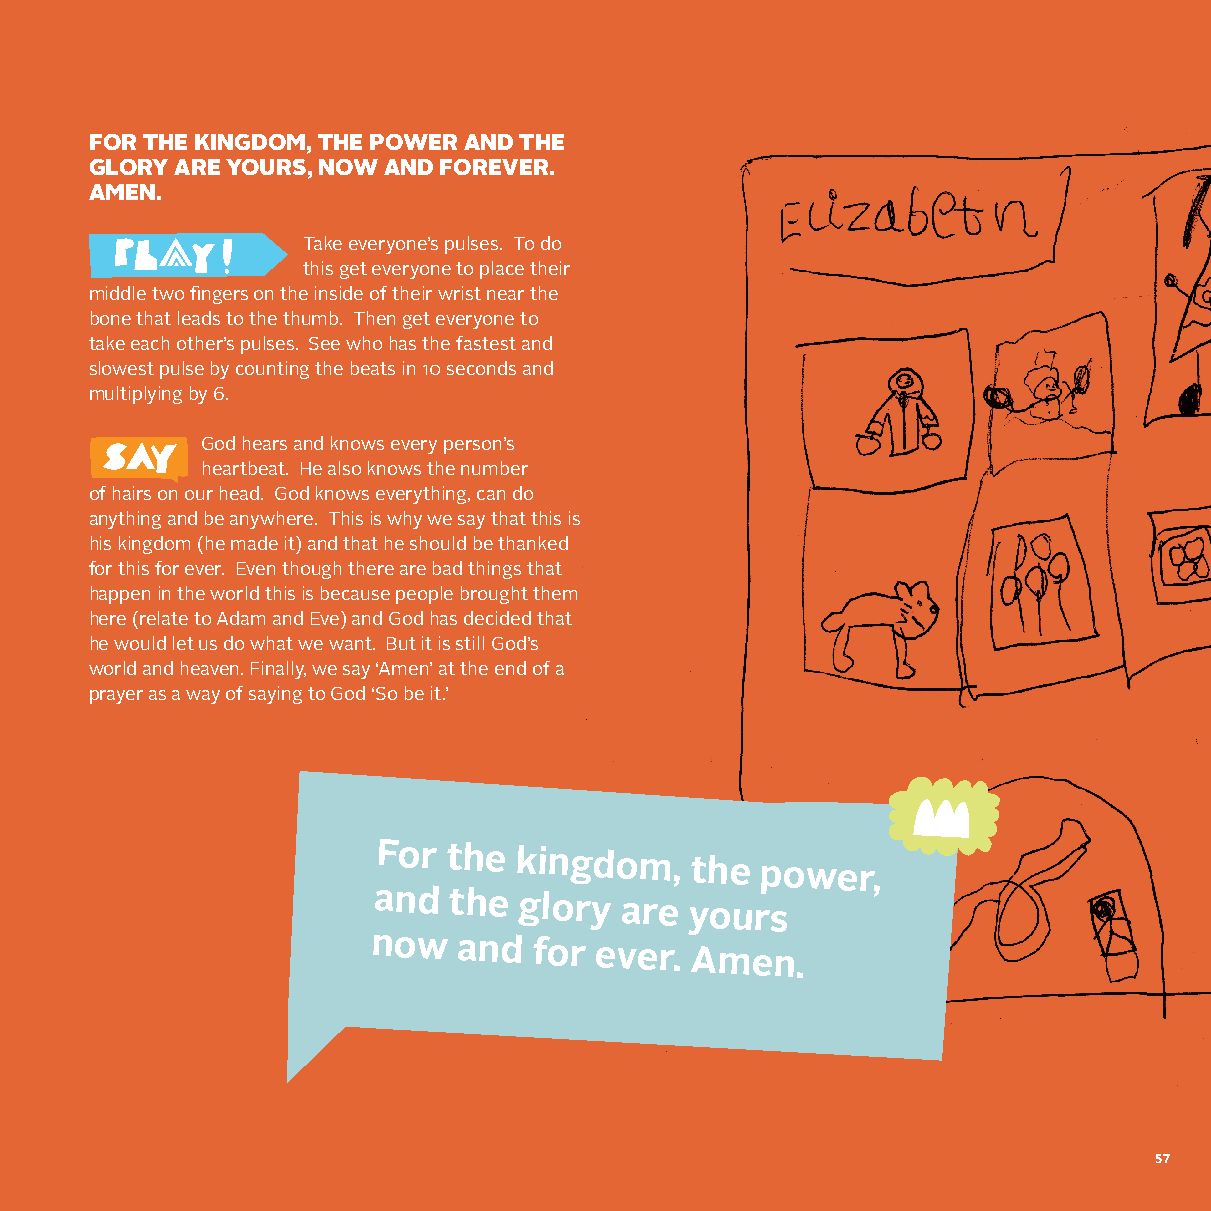
FOR THE KINGDOM, THE POWER AND THE
 GLORY ARE YOURS, NOW AND FOREVER.
 AMEN.
 Take everyone’s pulses. To do
 this get everyone to place their
 middle two fingers on the inside of their wrist near the
 bone that leads to the thumb. Then get everyone to
 take each other’s pulses. See who has the fastest and
 slowest pulse by counting the beats in 10 seconds and
 multiplying by 6.
 God hears and knows every person’s
 heartbeat. He also knows the number
 of hairs on our head. God knows everything, can do
 anything and be anywhere. This is why we say that this is
 his kingdom (he made it) and that he should be thanked
 for this for ever. Even though there are bad things that
 happen in the world this is because people brought them
 here (relate to Adam and Eve) and God has decided that
 he would let us do what we want. But it is still God’s
 world and heaven. Finally, we say ‘Amen’ at the end of a
 prayer as a way of saying to God ‘So be it.’
 For the  kingdom,
 the power,
 and  the glory  are yours
 now   and  for ever.  Amen.
 57